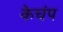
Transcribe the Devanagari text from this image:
केचंप